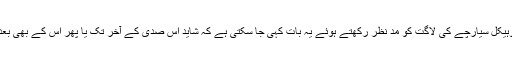
پیچیدگیوں اور ضد مادّے کے چننے والے دیوہیکل سیارچے کی لاگت کو مد نظر رکھتے ہوئے یہ بات کہی جا سکتی ہے کہ شاید اس صدی کے آخر تک یا پھر اس کے بھی بعد ہی ہم اس ضد مادّہ سے فائدہ اٹھا سکیں گے۔